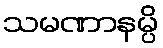
သမဏာနမ္ပိ